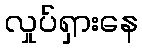
လှုပ်ရှားနေ